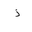
Letter: _thal